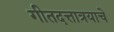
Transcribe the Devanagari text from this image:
गीतदत्तात्रयाचे